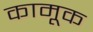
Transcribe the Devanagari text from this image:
कामूक